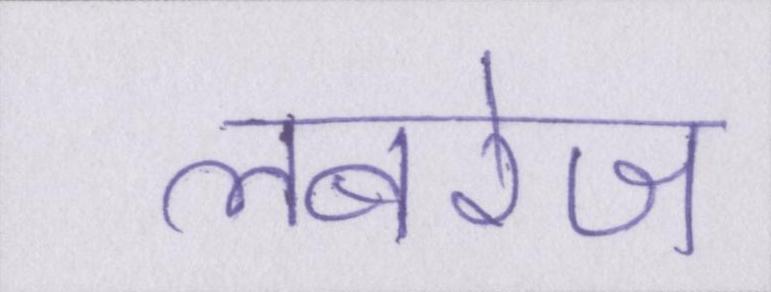
लबरेज